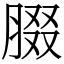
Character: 腏